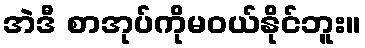
အဲဒီ စာအုပ်ကိုမဝယ်နိုင်ဘူး။